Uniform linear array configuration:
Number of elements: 4
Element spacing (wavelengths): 0.5
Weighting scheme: blackman
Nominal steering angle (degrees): -60
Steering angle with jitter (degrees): -59.059
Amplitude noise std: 0.05
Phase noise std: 0.05

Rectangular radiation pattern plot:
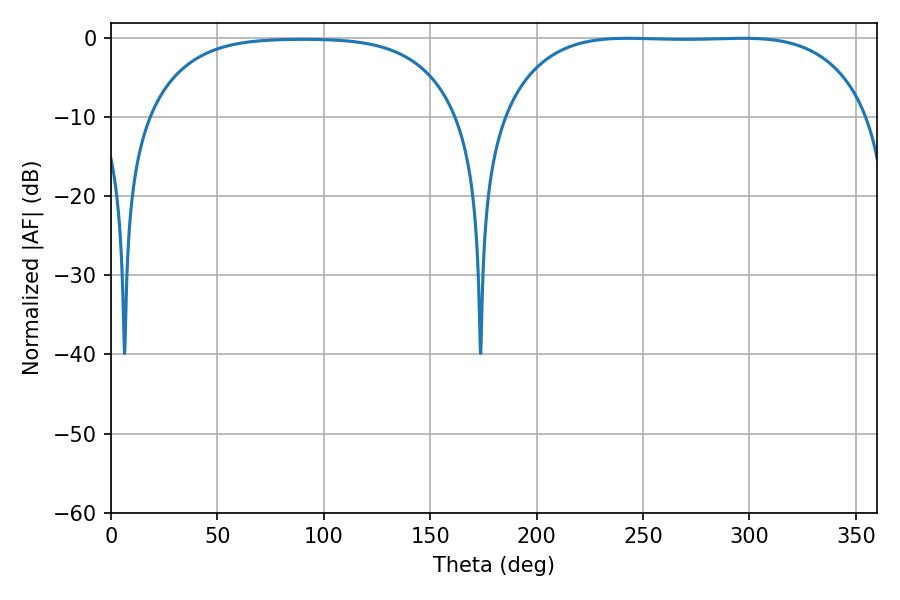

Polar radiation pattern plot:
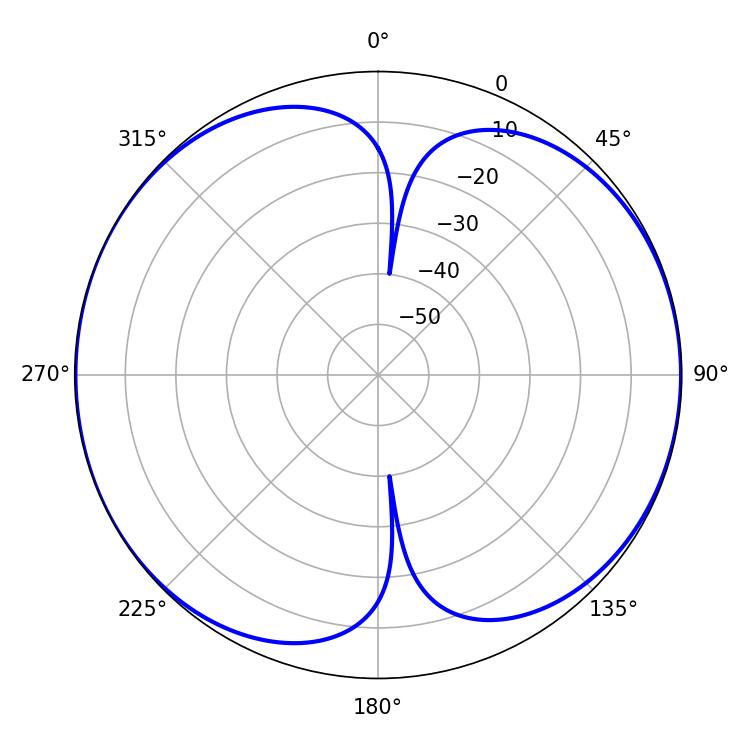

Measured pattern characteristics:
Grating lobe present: FALSE
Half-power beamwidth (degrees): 133.92
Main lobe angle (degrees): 242.82